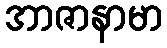
အာဇာနာမာ